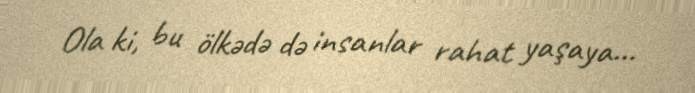
Ola ki, bu ölkədə də insanlar rahat yaşaya...